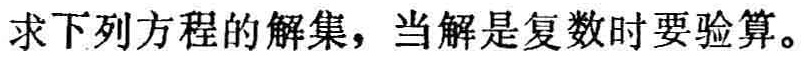
求下列方程的解集，当解是复数时要验算。